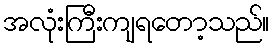
အလုံးကြီးကျရတော့သည်။